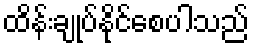
ထိန်းချုပ်နိုင်စေပါသည်